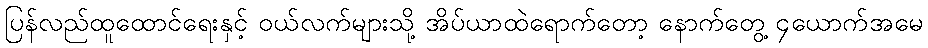
ပြန်လည်ထူထောင်ရေးနှင့် ဝယ်လက်များသို့ အိပ်ယာထဲရောက်တော့ နောက်တွေ့ ၄ယောက်အမေ